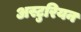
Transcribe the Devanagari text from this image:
अस्टुरियन